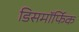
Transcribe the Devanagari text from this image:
डिसमॉर्फिक